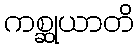
ကစ္ဆုယာတိ